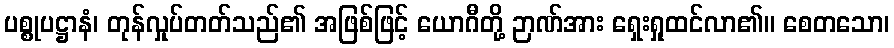
ပစ္စုပဋ္ဌာနံ၊ တုန်လှုပ်တတ်သည်၏ အဖြစ်ဖြင့် ယောဂီတို့ ဉာဏ်အား ရှေးရှုထင်လာ၏။ စေတသော၊